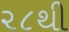
૨૮થી